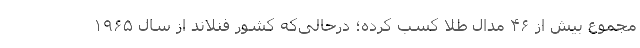
مجموع بیش از ۴۶ مدال طلا کسب کرده؛ درحالی‌که کشور فنلاند از سال ۱۹۶۵